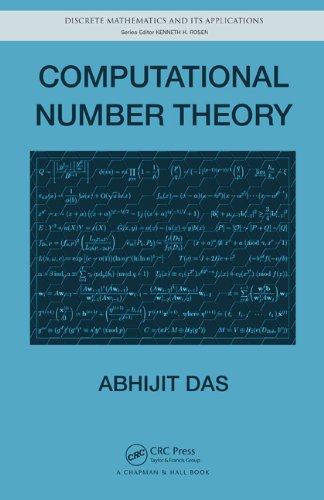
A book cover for Computational Number Theory (Discrete Mathematics and Its Applications); Abhijit Das; Computers & Technology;